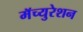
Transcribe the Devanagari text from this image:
मॅच्युरेशन